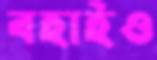
বহাইও